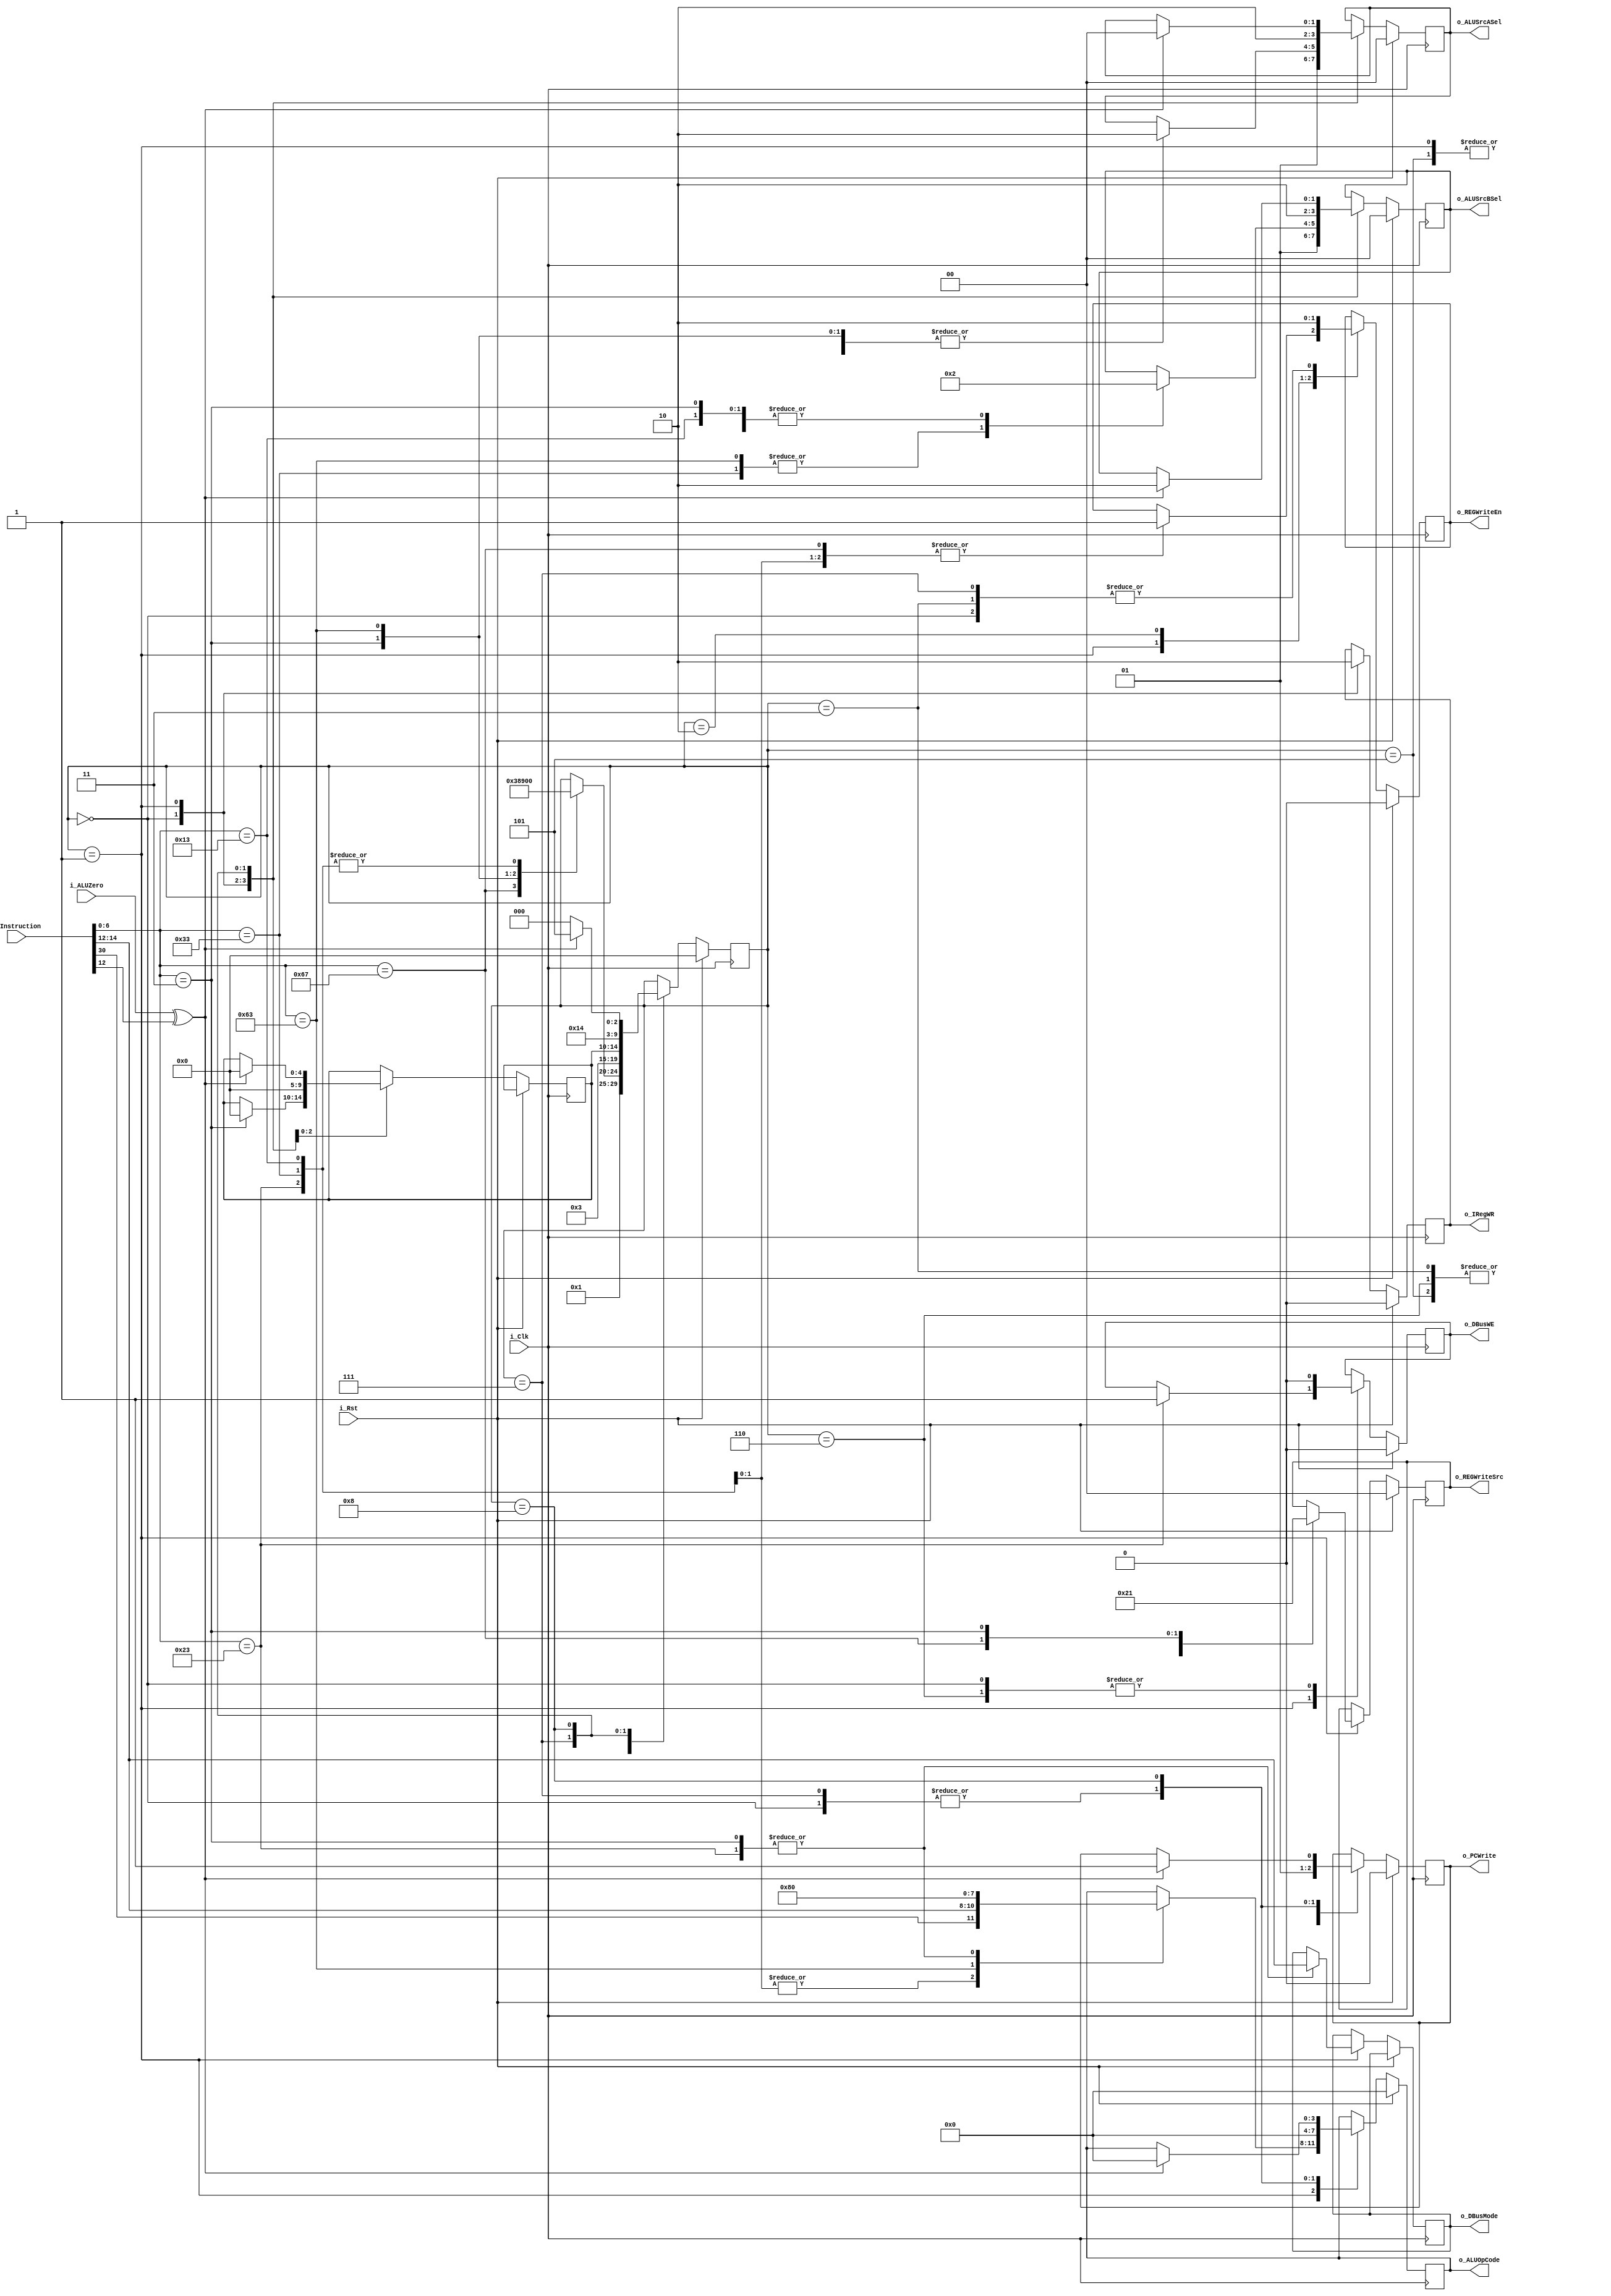
`timescale 1ns / 1ps

module CPUControlUnit(
    input i_Clk,
    input i_Rst,
    
    //Control Signals
    //Program Counter
    output reg o_PCWrite,

    //DBus 
    output reg o_DBusWE,
    output reg [2:0] o_DBusMode,

    //IReg
    output reg o_IRegWR,
    input [31:0] i_Instruction,

    //Register file
    output reg o_REGWriteEn,
    output reg [1:0] o_REGWriteSrc,

    //ALU
    output reg [3:0] o_ALUOpCode,
    output reg [1:0] o_ALUSrcASel,
    output reg [1:0] o_ALUSrcBSel,
    input i_ALUZero
    );
    
    initial begin
        o_PCWrite       = 1'b0;
        o_DBusWE        = 1'b0;
        o_DBusMode      = 3'b0;
        o_IRegWR        = 1'b0;
        o_REGWriteEn    = 1'b0;
        o_REGWriteSrc   = 1'b0;
        o_ALUOpCode     = 4'b0;
        o_ALUSrcASel    = 2'b0;
        o_ALUSrcBSel    = 2'b0;
    end

    //Instruction Opcodes 
    parameter p_InstType_R      = 7'b0110011;
    parameter p_InstType_I      = 7'b0010011;
    parameter p_InstType_JALR   = 7'b1100111;
    parameter p_InstType_L      = 7'b0000011;
    parameter p_InstType_LUI    = 7'b0110111;
    parameter p_InstType_AUIPC  = 7'b0010111;
    parameter p_InstType_JAL    = 7'b1101111;
    parameter p_InstType_B      = 7'b1100011;
    parameter p_InstType_S      = 7'b0100011;

    //Register Instruction Functions ({Bit 30, Func3})
    parameter p_InstType_R_ADD  = 4'b0000;
    parameter p_InstType_R_SUB  = 4'b1000;
    parameter p_InstType_R_AND  = 4'b0111;
    parameter p_InstType_R_OR   = 4'b0110;

    //Immediate Instruction Functions (Func3)
    parameter p_InstType_I_ADDI = 3'b000;
    parameter p_InstType_I_ANDI = 3'b111;
    parameter p_InstType_I_ORI  = 3'b110;

    //Load Instruction Functions (Func3)
    parameter p_InstType_L_LB   = 3'b000;
    parameter p_InstType_L_LH   = 3'b001;
    parameter p_InstType_L_LW   = 3'b010;
    parameter p_InstType_L_LBU  = 3'b100;
    parameter p_InstType_L_LHU  = 3'b101;

    //Store Instruction Functions (Func3)
    parameter p_InstType_S_SB   = 3'b000;
    parameter p_InstType_S_SH   = 3'b001;
    parameter p_InstType_S_SW   = 3'b010;

    //Branch Instruction Functions (Func3)
    parameter p_InstType_B_BEQ = 3'b000;
    parameter p_InstType_B_BNE = 3'b001;

    //ALU opcodes
    parameter p_ALU_ADD   = 4'b0000;
    parameter p_ALU_SUB   = 4'b1000;
    parameter p_ALU_AND   = 4'b0111;
    parameter p_ALU_OR    = 4'b0110;
    parameter p_ALU_XOR   = 4'b0100;
    parameter p_ALU_SLL   = 4'b0001;
    parameter p_ALU_SRL   = 4'b0101;
    parameter p_ALU_SRA   = 4'b1101;
    
    //ALU SRC A Mux Options
    parameter p_ALU_SRCA_PREV_PC    = 2'd0;
    parameter p_ALU_SRCA_PC         = 2'd1;
    parameter p_ALU_SRCA_REG_1      = 2'd2;

    //ALU SRC B Mux Options
    parameter p_ALU_SRCB_REG_2    = 2'd0;
    parameter p_ALU_SRCB_CONST_4  = 2'd1;
    parameter p_ALU_SRCB_IMMD     = 2'd2;

    //Register File Write Data Mux Options
    parameter p_REG_WRITE_SRC_PC    = 2'd0; 
    parameter p_REG_WRITE_SRC_DRAM  = 2'd1; 
    parameter p_REG_WRITE_SRC_ALU   = 2'd2;

    //Instruction decode state machine
    localparam INST_STATE_SIZE = 5;
    localparam INST_FETCH           = 0,
               INST_DECODE          = 1,
               INST_REG_WRITE_EN    = 2,
               INST_REG_WRITE_DIS   = 3,
               INST_PC_WRITE_EN     = 4,
               INST_PC_WRITE_DIS    = 5,
               INST_DRAM_WRITE_DIS  = 6,
               INST_JALR_PC_CALC    = 7,
               INST_BRANCH_CHECK    = 8;
    reg [INST_STATE_SIZE-1:0] InstState = INST_FETCH;
    reg [INST_STATE_SIZE-1:0] FSMJumpOnceDone = 0;

    wire [2:0] w_Func3 = i_Instruction[14:12];
    wire [6:0] w_Func7 = i_Instruction[31:25];

    always @(posedge i_Clk) begin
        if(i_Rst)begin
            InstState      <= INST_FETCH;
            o_PCWrite      <= 1'b0;
            o_DBusWE       <= 1'b0;
            o_IRegWR       <= 1'b0;
            o_REGWriteEn   <= 1'b0;
            o_REGWriteSrc  <= 1'b0;
            o_ALUOpCode    <= 4'b0;
            o_ALUSrcASel   <= 2'b0;
            o_ALUSrcBSel   <= 2'b0;
        end else begin
            case (InstState)
                INST_FETCH:begin
                    o_REGWriteEn <= 1'b0;
                    o_DBusWE <= 1'b0;

                    //Load current instruction into the IReg
                    o_IRegWR <= 1'b1;

                    //Calc PC of next seqental instruction
                    o_ALUOpCode <= p_ALU_ADD;
                    o_ALUSrcASel <= p_ALU_SRCA_PC;
                    o_ALUSrcBSel <= p_ALU_SRCB_CONST_4;    
                    o_PCWrite <= 1'b1;
                    
                    InstState <= INST_DECODE;
                end
                INST_DECODE:begin
                    o_IRegWR <= 1'b0;
                    o_PCWrite <= 1'b0;

                    //Opcode decoding
                    case (i_Instruction[6:0])
                        p_InstType_R:begin
                            //I Type, ALU Source is always Reg 1 and Reg 2
                            o_ALUSrcASel <= p_ALU_SRCA_REG_1;
                            o_ALUSrcBSel <= p_ALU_SRCB_REG_2;
                            
                            //ALU result is written back to a register with I type instructions
                            o_REGWriteSrc <= p_REG_WRITE_SRC_ALU;
                            o_REGWriteEn <= 1'b1;
                            
                            InstState <= INST_FETCH;
                            
                            //Work out the correct ALU opcode
                            o_ALUOpCode <= {w_Func7[5], w_Func3};
                        end
                        p_InstType_I:begin
                            //I Type, ALU Source is always Reg 1 and Immediate
                            o_ALUSrcASel <= p_ALU_SRCA_REG_1;
                            o_ALUSrcBSel <= p_ALU_SRCB_IMMD;
                            
                            //ALU result is written back to a register with I type instructions
                            o_REGWriteSrc <= p_REG_WRITE_SRC_ALU;
                            o_REGWriteEn <= 1'b1;

                            InstState <= INST_FETCH;

                            //Work out the correct ALU opcode
                            o_ALUOpCode <= {w_Func7[5], w_Func3};
                        end
                        p_InstType_JALR:begin
                            //SHOULD BE ABLE TO OPTO THIS IS THE DECODE STEP
                            //Current address + 4 is already calculated, write it to the specified reg                            
                            o_REGWriteSrc <= p_REG_WRITE_SRC_PC; 
                            o_REGWriteEn <= 1'b1;

                            InstState <= INST_JALR_PC_CALC;
                        end
                        p_InstType_L:begin
                            //Calculate the address in ram to load the data from
                            o_ALUOpCode <= p_ALU_ADD;
                            o_ALUSrcASel <= p_ALU_SRCA_REG_1;
                            o_ALUSrcBSel <= p_ALU_SRCB_IMMD; 

                            o_REGWriteSrc <= p_REG_WRITE_SRC_DRAM;
                            o_DBusMode <= w_Func3;

                            InstState <= INST_REG_WRITE_EN;
                            FSMJumpOnceDone <= INST_FETCH; 

                        end
                        p_InstType_LUI:begin
                            
                        end
                        p_InstType_AUIPC:begin
                            
                        end
                        p_InstType_JAL:begin
                            
                        end
                        p_InstType_B:begin
                            //Check if a branch should take place
                            o_ALUOpCode <= p_ALU_SUB;
                            o_ALUSrcASel <= p_ALU_SRCA_REG_1;
                            o_ALUSrcBSel <= p_ALU_SRCB_REG_2;

                            InstState <= INST_BRANCH_CHECK;
                        end
                        p_InstType_S:begin
                            //Calculate the address in ram to store the data to
                            o_ALUOpCode <= p_ALU_ADD;
                            o_ALUSrcASel <= p_ALU_SRCA_REG_1;
                            o_ALUSrcBSel <= p_ALU_SRCB_IMMD;

                            o_DBusWE <= 1'b1;
                            o_DBusMode <= w_Func3;
                            
                            InstState <= INST_FETCH;
                        end
                        default:begin
                            
                        end
                    endcase
                end
                INST_REG_WRITE_EN:begin
                    o_REGWriteEn <= 1'b1;
                    InstState <= INST_REG_WRITE_DIS;
                end
                INST_REG_WRITE_DIS:begin
                    o_REGWriteEn <= 1'b0;
                    InstState <= FSMJumpOnceDone;
                end
                INST_PC_WRITE_DIS:begin
                    o_PCWrite <= 1'b0;
                    InstState <= FSMJumpOnceDone;
                end
                INST_DRAM_WRITE_DIS:begin
                    o_DBusWE <= 1'b0;
                    InstState <= FSMJumpOnceDone;
                end
                INST_JALR_PC_CALC:begin
                    o_REGWriteEn <= 1'b0;

                    //Calculate the address to jump to and then jump to it
                    o_ALUOpCode <= p_ALU_ADD;
                    o_ALUSrcASel <= p_ALU_SRCA_REG_1;
                    o_ALUSrcBSel <= p_ALU_SRCB_IMMD; 
                    o_PCWrite <= 1'b1;

                    FSMJumpOnceDone <= INST_FETCH;
                    InstState <= INST_PC_WRITE_DIS;
                end
                INST_BRANCH_CHECK:begin
                    if(i_ALUZero ^ w_Func3[0])begin
                        //Calculate what the branch address is
                        o_ALUOpCode <= p_ALU_ADD;
                        o_ALUSrcASel <= p_ALU_SRCA_PREV_PC;
                        o_ALUSrcBSel <= p_ALU_SRCB_IMMD;
                        o_PCWrite <= 1'b1;

                        FSMJumpOnceDone <= INST_FETCH;
                        InstState <= INST_PC_WRITE_DIS;
                    end else begin
                        InstState <= INST_FETCH;
                    end
                end
            endcase
        end
    end
endmodule